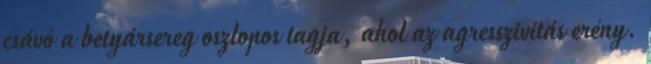
csávó a betyársereg oszlopos tagja, ahol az agresszivitás erény.